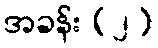
အခန်း (၂)